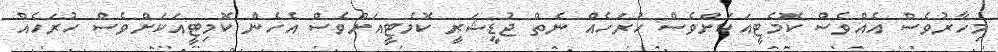
މިހާރުވެސް އެއްވެސް ކޮމެޓީއަކަށްވެސް ހުރަހެއް ނެތް ޖުޑީޝަރީ ކޮމެޓީއަށްވެސް އެހެން ކޮމިޓީއަކަށްވެސް ހުރަހެއް